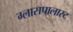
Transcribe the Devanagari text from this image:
ग्लासपालास्ट